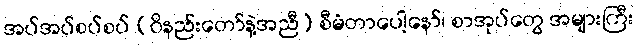
အပ်အပ်စပ်စပ် (ဝိနည်းတော်နဲ့အညီ) စီမံတာပေါ့နော်၊ စာအုပ်တွေ အများကြီး